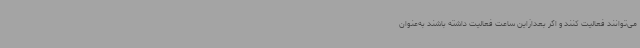
می‌توانند فعالیت کنند و اگر بعدازاین ساعت فعالیت داشته باشند به‌عنوان